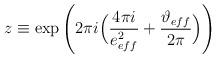
LaTeX: \begin{align*}z \equiv \exp\Bigg(2\pi i\Big(\frac{4\pi i}{e^2_{eff}}+\frac{\vartheta_{eff}}{2\pi}\Big)\Bigg)\end{align*}